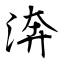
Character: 渀